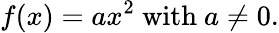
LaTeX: f(x)=ax^{2}{\mathrm{~with~}}a\neq 0.